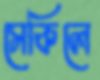
সেকিলে